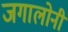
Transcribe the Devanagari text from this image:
जगालोनी